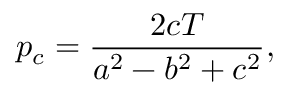
p _ { c } = { \frac { 2 c T } { a ^ { 2 } - b ^ { 2 } + c ^ { 2 } } } ,